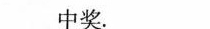
中奖。